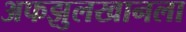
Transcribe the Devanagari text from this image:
अफझुलखानला